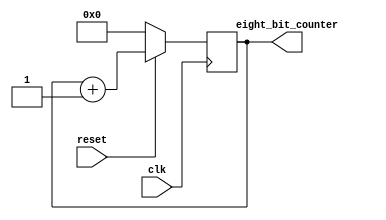
module counter (clk, reset, eight_bit_counter);
input          clk;
input          reset;
output  [7:0]  eight_bit_counter;

reg  [7:0]     eight_bit_counter;   


always @(posedge clk)
  if (!reset)            eight_bit_counter <= 0 ;
  else                   eight_bit_counter  <= eight_bit_counter + 1;

endmodule